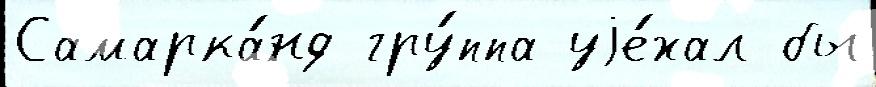
Самарка́нд гру́ппа уjе́хал бы